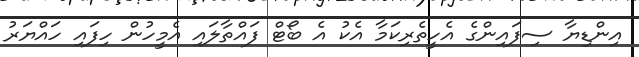
އިންޑިޔާ ސިފައިންގެ އެހީތެރިކަމާ އެކު އެ ބޯޓް ފައްތާލައި އެމީހުން ހިފައި ހައްޔަރު